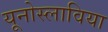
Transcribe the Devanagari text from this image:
यूनोस्लाविया